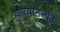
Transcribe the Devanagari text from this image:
यांच्यानजीक